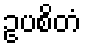
ဥပစိတံ